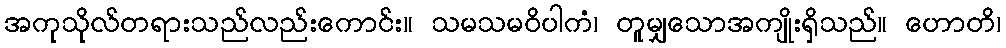
အကုသိုလ်တရားသည်လည်းကောင်း။ သမသမဝိပါကံ၊ တူမျှသောအကျိုးရှိသည်။ ဟောတိ၊